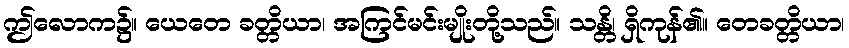
ဤလောက၌။ ယေတေ ခတ္တိယာ၊ အကြင်မင်းမျိုးတို့သည်။ သန္တိ၊ ရှိကုန်၏။ တေခတ္တိယာ၊